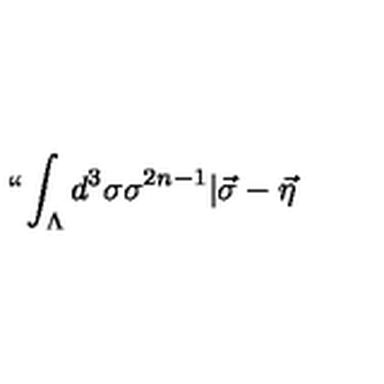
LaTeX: ` ` \int _ { \Lambda } d ^ { 3 } \sigma \sigma ^ { 2 n - 1 } | \vec { \sigma } - \vec { \eta }